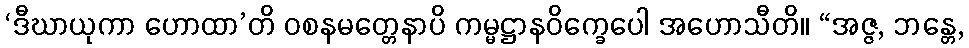
‘ဒီဃာယုကာ ဟောထာ’တိ ဝစနမတ္တေနာပိ ကမ္မဋ္ဌာနဝိက္ခေပေါ အဟောသီတိ။ “အဇ္ဇ, ဘန္တေ,